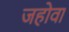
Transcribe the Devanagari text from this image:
जहोवा